Tezpur Lunatic Asylum reports 1895-1904 - 1895-1904
Year: 1895
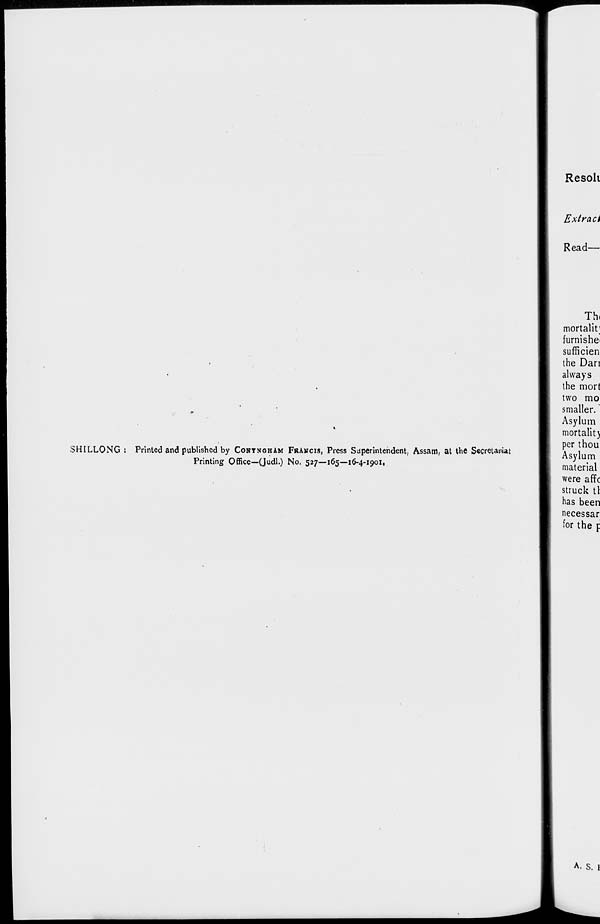
SHILLONG
Printed and published by CONTNGHAM FRAKCIS, Press Superintendent, Assam, at the Secretariat
Printing Office—(Judl.) No. 527—165—16-4-1901,